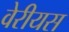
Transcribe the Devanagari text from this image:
वेरीयस